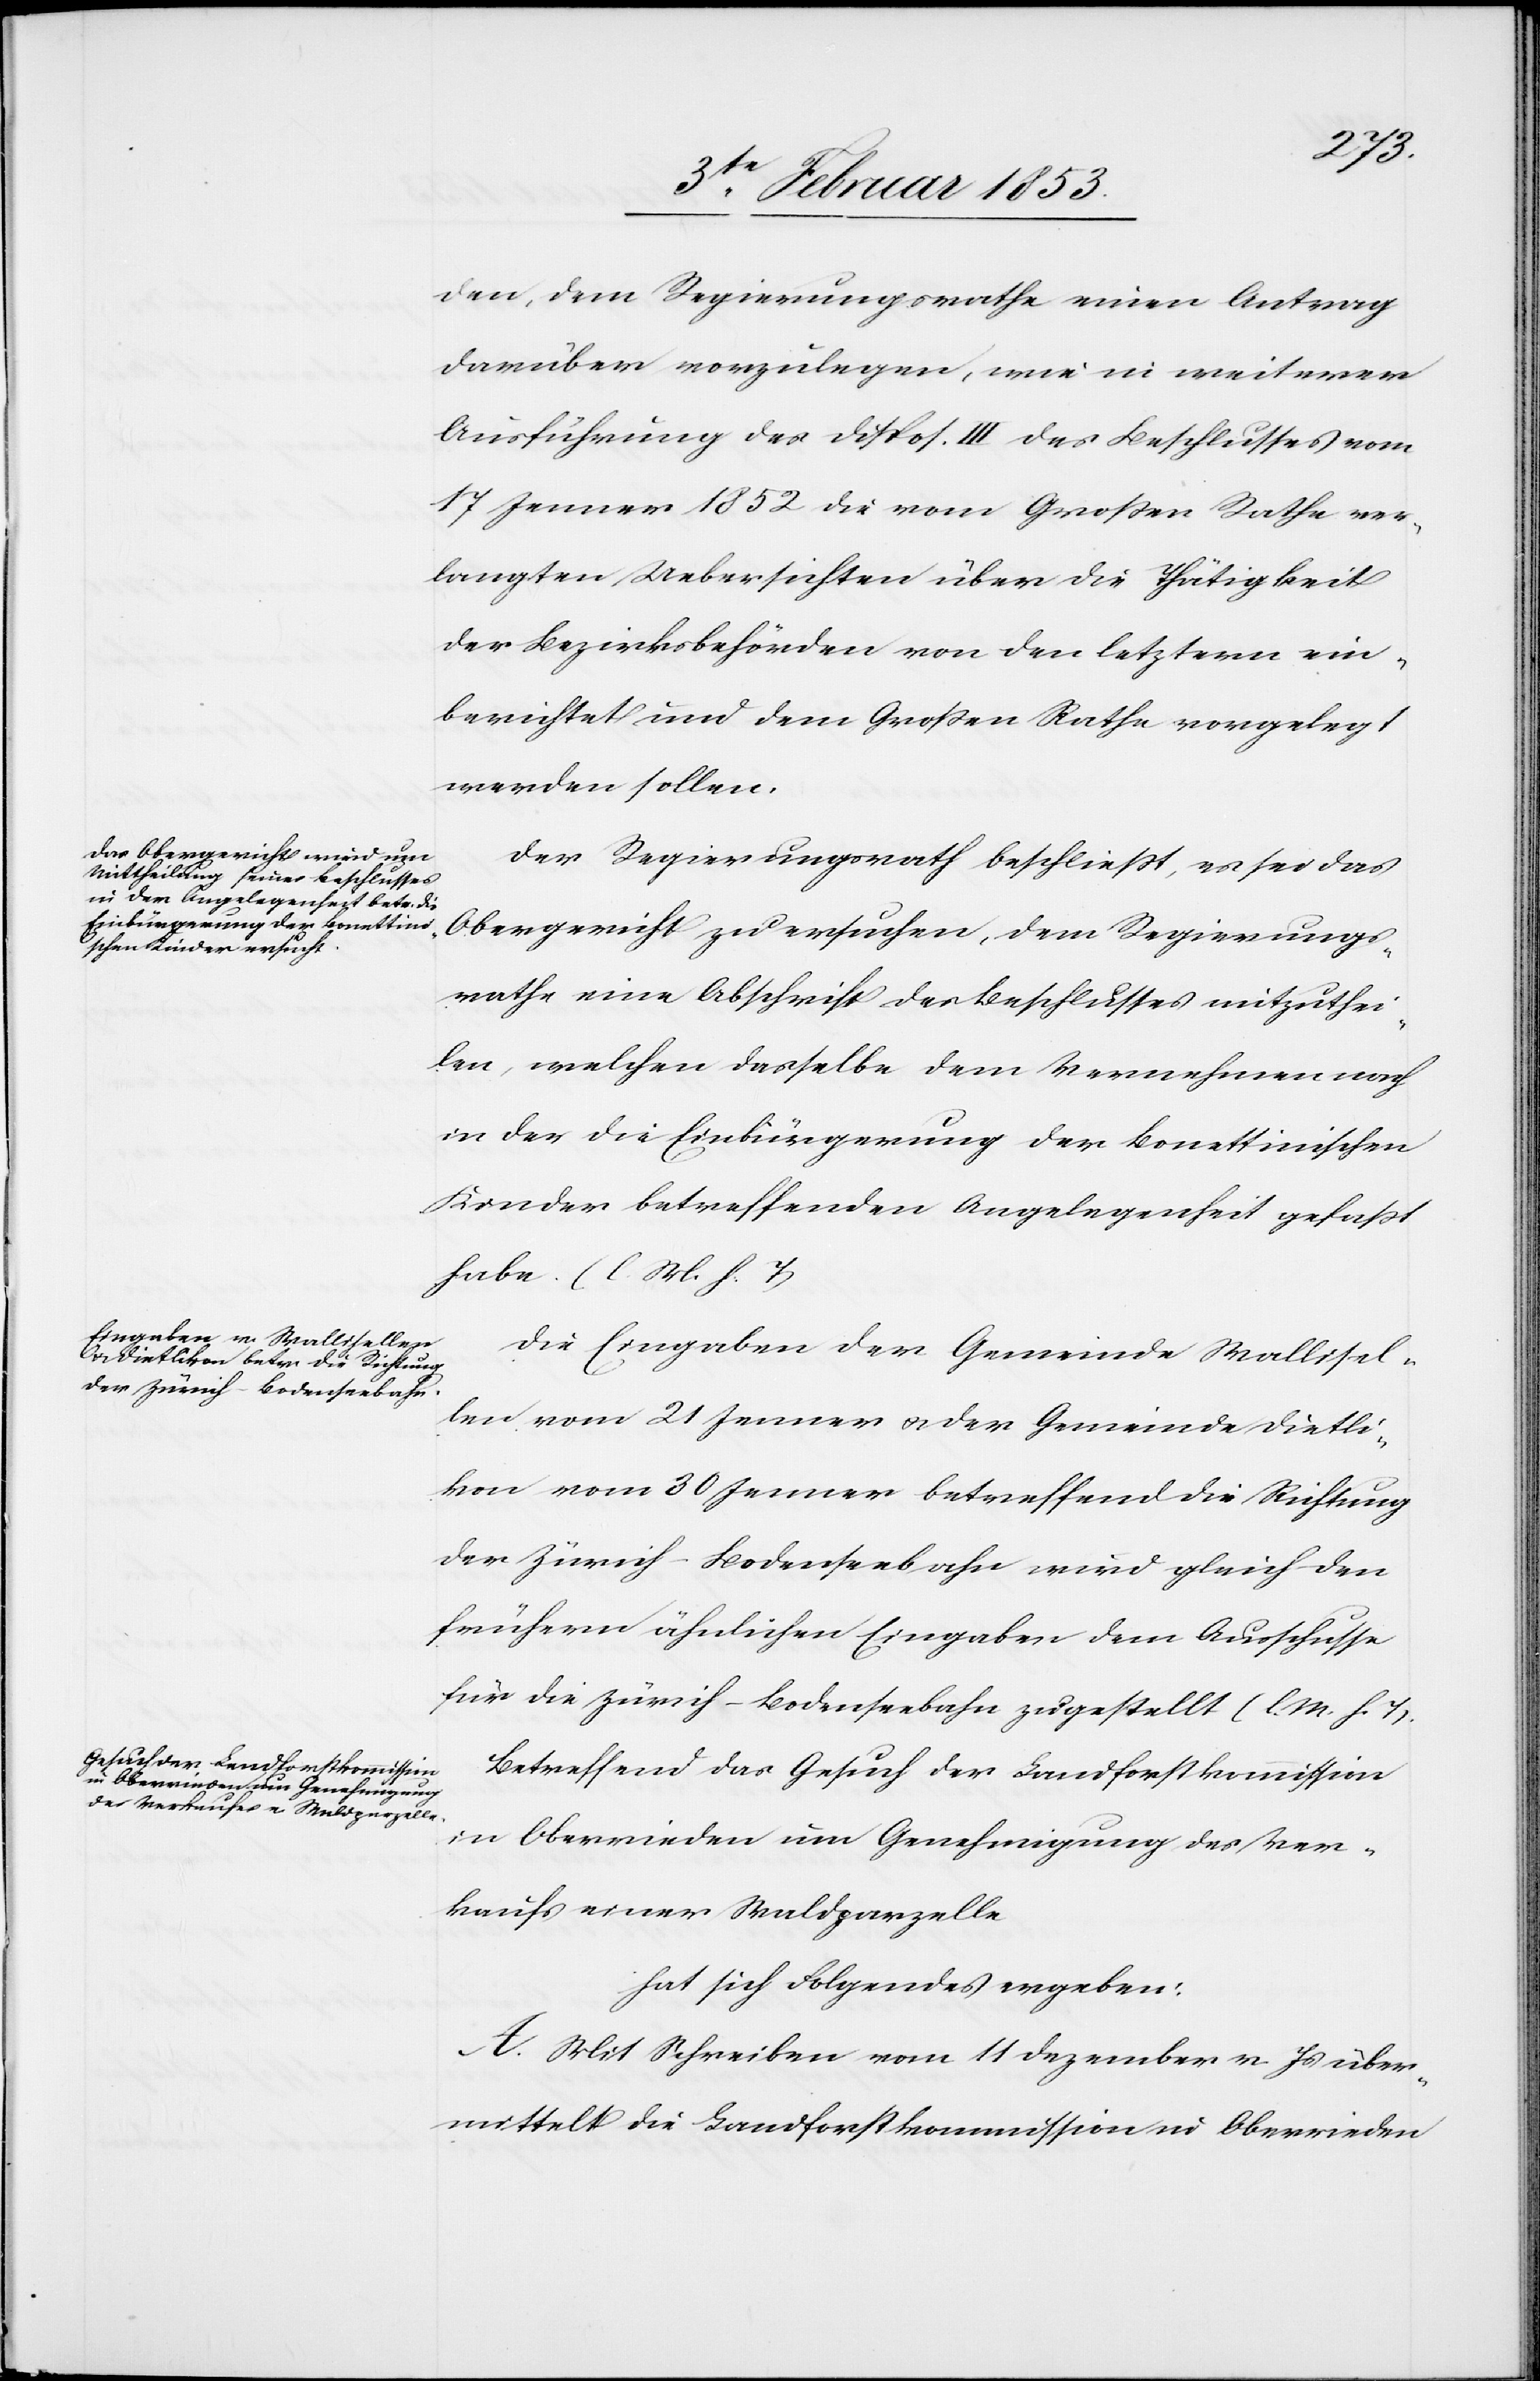
den, dem Regierungsrathe einen Antrag
darüber vorzulegen, wie in weiterer
Ausführung des Disp. III. des Beschlusses vom
17 Jenner 1852 die vom Großen Rathe ver¬
langten Uebersichten über die Thätigkeit
der Bezirksbehörden von den letztern ein¬
berichtet und dem Großen Rathe vorgelegt
werden sollen.
Der Regierungsrath beschließt, es sei das
Obergericht zu ersuchen, dem Regierungs¬
rathe eine Abschrift des Beschlusses mitzuthei¬
len, welchen derselbe dem Vernehmen nach
in der die Einbürgerung der bonettinischen
Kinder betreffenden Angelegenheit gefaßt
habe. [l. M. h. T]
Die Eingaben der Gemeinde Wallisel¬
len vom 21 Jenner u. der Gemeinde Dieti¬
kon vom 30 Jenner betreffend die Richtung
der Zürich-Bodenseebahn wird gleich den
frühern ähnlichen Eingaben dem Ausschuße
für die Zürich-Bodenseebahn zugestellt [l. M. h. T]
Betreffend das Gesuch der Landforstkommission
in Oberrieden um Genehmigung des Ver¬
kaufs einer Waldparzelle
A. Mit Schreiben vom 11 Dezember v. Js. über¬
mittelt die Landforstkommission in Oberrieden